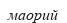
маорий